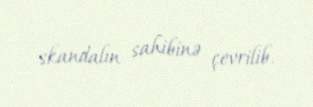
skandalın sahibinə çevrilib.